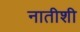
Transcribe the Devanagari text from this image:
नातीशी